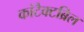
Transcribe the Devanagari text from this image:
कांटैक्टब्रिल